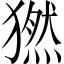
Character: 𤡮